Vital statistics of India. Vol. VI, European troops 1870-79
Year: 1870
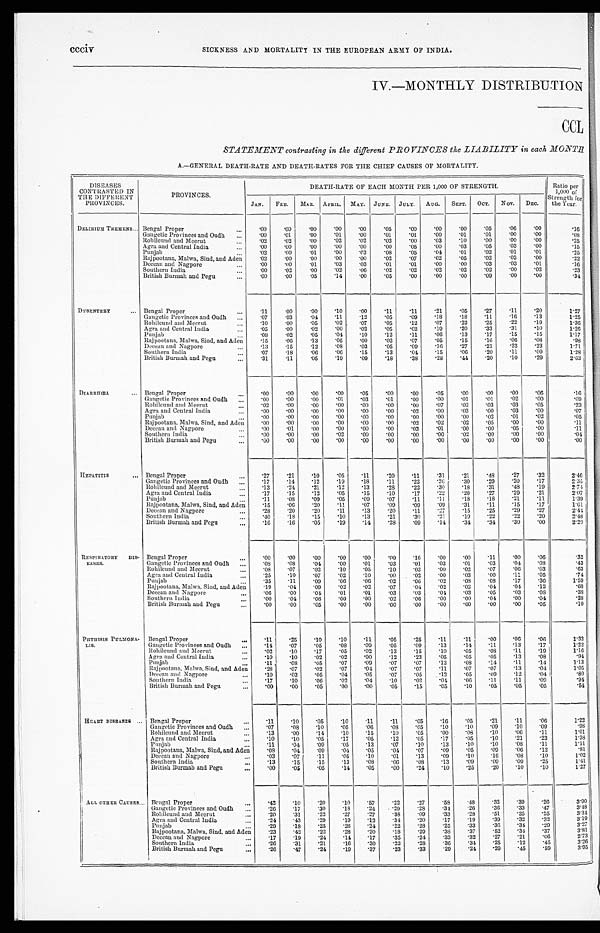
ccciv SICKNESS AND MORTALITY IN THE EUROPEAN ARMY OF INDIA.
IV.—MONTHLY DISTRIBUTION
CCL
STATEMENT contrasting in the different PROVINCES the LIABILITY in each MONTH
A.—GENERAL DEATH-RATE AND DEATH-RATES FOR THE CHIEF CAUSES OF MORTALITY.
DISEASES
CONTRASTED IN
THE DIFFERENT
PROVINCES.
PROVINCES.
DEATH-RATE OF EACH MONTH PER 1,000 OF STRENGTH.
Ratio per
1,000 of
Strength for
the Year.
JAN. FRB. MAR. APRIL. MAY. JUNE. JULY. AUG. SEPT. OCT. NOV. DEC.
DELIRIUM TREMENS... Bengal Proper
...
. 0 0
.00 .00 .00 .00 .05 .00 .00 .00 .05 .06 .00
.16
Gangetic Provinces and Oudh ... .00 .01
.00 .01 .00 .01 .01 .00 .01 .01 .00 .00
.08
Rohilcund and Meerut
... .02 .02 .00 .02 .02 .02 .00 .03 .10 .00 .00 .00
.25
Agra and Central India
... .00 .00 .00 .00 .00 .00 .05 .00 .03 .05 .03 .00
.15
Punjab
... .02 .00 .01 .00 .03
. 0 8 .05 .04 .01 .02 .01 .01
.25
Rajpootana, Malwa, Sind, and Aden
.02 .00 .00 .00 .00 .02 .07 .02 .05 .02 .02 .00
.22
Deccan and Nagpore
...
. 0 0 .00 .01 .03 .03 .01 .01 .00 .00 .03 .03 .01
.16
Southern India
... .00 .02 .00 .02 .06 .02 .02 .02 .02 .02 .00 .02
.23
British Burmah and Pegu
...
. 0 0 .00 .05 .14 .00 .05 .00 .00 .00 .09 .00 .00
. 3 4
DYSENTERY... Bengal Proper
...
.11 .00 .00 .10 .00 .11 .11 .21 .05 .27 .11 .20
1.27
Gangetic Provinces and Oudh ... .07 .03 .04 .11 .12 .05 .09 .18 .18 .11 .16 .13
1.25
Rohilcund and Meerut
... .10 .00 .05 .02 .07 .05 .12 .07 .22 .25 .22 .19
1.36
Agra and Central India
... .05 .00 .02 .00 .02 .05 .02 .19 .20 .33 .31 .10
1.26
Punjab
... .08 .02 .05 .04 .10 .12 .11 .06 .13 .17 .15 .15
1.17
Rajpootana, Malwa, Sind, and Aden
.15 .06 .13 .05 .00 .02 .07 .05 .15 .16 .06
.08
.98
Deccan and Nagpore
... .13 .15 .12 .08 .03 .05 .09 .16 .27 .21 .22 .23
1.71
Southern India
... .07 .18 .06 .06 .15 .13 .04
.15 .06 .20 .11 .09
1.28
British Burmah and Pegu
...
. 3 1 .11 .05
.19 .09 .18 .38 .28 .44 .20 .10 .29
2 . 6 3
DIARRHŒA... Bengal Proper
... .00 .00 .00 .00 .05 .00 .00 .05 .00 .00 .00 .06
. 1 6
Gangetic Provinces and Oudh ... .00 .00 .00
. 0 1 .03 .01 .00 .00 .01 .01 .02 .00
.69
Rohilcund and Meerut
... .02 .00 .00 .00 .00 .00 .00 .07 .02 .03 .03 .05
.23
Agra and Central India
... .00 .00 .00 .00 .00 .00 .02 .00 .03 .00 .03 .00
.07
Punjab
... .00 .00 .00 .00 .00 .00 .00 .00 .00 .02 .01 .02
.05
Rajpootana, Malwa, Sind, and Aden
.00 .00 .00 .00 .00 .00 .02 .02 .02 .05 .00 .00
.11
Deccan and Nagpore
... .00 .01 .00 .00 .00 .00 .03 .01 .00 .00 .05 .00
.11
Southern India
... .00 .00 .00 .02 .00 .00 .00 .00 .02 .00 .00 .00
. 0 4
British Burmah and Pegu
...
. 0 0 .00 .00 .00 .00 .00 .00 .00 .00 .00 .00 .00
.00
HEPATITIS... Bengal Proper
...
. 2 7
.21 .10 .05 .11 .20 .11 .31
.21 .48 .27 .32
2 . 4 6
Gangetic Provinces and Oudh ... .17 .14 .12 .19 .18 .11 .22 .26 .30 .29 .20 .17
2.35
Rohilcund and Meerut
... .13 .24 .21 .12 .13 .28 .22 .30 .18 .31 .48 .19
2.74
Agra and Central India
... .17 .15 .12 .05 .15 .10 .17 .22 .20 .27 .29 .21
2 . 0 7
Punjab
... .11
. 0 8 .09 .05 .09 .07 .11 .11 .18 .18 .21 .11
1.39
Rajpootana, Malwa, Sind, and Aden .15 .06 .20 .11 .07 .09 .09 .09 .31 .11 .15 .17
1.61
Deccan and Nagpore
... .28 .20 .20 .11 .13 .20 .11 .27 .15 .25 .29 .27
2 . 4 4
Southern India
... .40 .18 .15 .10 .13 .21 .30 .21
.19 .22 .22 .20
2 . 4 8
British Burmah and Pegu
... .16 .16 .05 .19 .14 .28 .09 .14 .34 .34 .30 .00
2 . 2 0
RESPIRATORY DIS-
EASES.
Bengal Proper
. . .
. 0 0
.00 .00 .00 .00 .00 .16 .00 .00
. 1 1 .00 .06
.32
Gangetic Provinces and Oudh ...
. 0 8 .08 .04 .00 .01 .03 .01 .03 .01 .03 .04
. 0 8
.43
Rohilcund and Meerut
...
. 0 8 .07 .02 .10 .05 .10 .03 .00 .02 .07 .06 .03
.63
Agra and Central India
...
. 2 5 .10 .07 .02 .10 .00 .02 .00 .03 .00 .11 .05
.74
Punjab
. . . .35 .11 .09 .06 .06 .02 .06 .02
. 0 8
. 0 8 .17 .36
1.59
Rajpootana, Malwa, Sind, and Aden
.19 .04 .09 .02 .02 .07 .04 .02 .02 .04 .04 .12
.68
Deccan and Nagpore
... .06 .00 .04 .01 .01 .03 .03 .04 .03 .05 .03
. 0 8
.38
Southern India
... .00 .04 .06 .00 .00 .02 .06 .00 .00 .04 .00 .04
.28
British Burmah and Pegu
...
. 0 0 .00 .05 .00 .00 .00 .00 .00 .00 .00 .00 .05
.10
PHTHISIS PULMONA-
LIS.
Bengal Proper
...
. 1 1 .25 .10 .10 .11 .05 .25 .11 .11 .00 .06 .06
1.32
Gangetic Provinces and Oudh ... .14 .07 .05 .08 .09 .05 .09 .13 .14 .11 .13 .17
1.22
Rohilcund and Meerut
. . . .02 .10 .17 .05 .02 .13 .15 .10 .05
. 0 8 .11 .19
1.16
Agra and Central India
... .10 .10 .02 .02 .00 .12 .23 .05 .05 .05 .13 .08
.94
Punjab
... .11
. 0 8 .05 .07 .09 .07 .07 .12
. 0 8 .14 .11 .14
1.13
Rajpootana, Malwa, Sind, and Aden .28 .07 .02 .07 .04 .07 .07 .11 .07 .07 .13 .04
1.05
Deccan and Nagpore
... .10 .03 .05 .04 .05 .07 .05
. 1 2 .05 .09 .12 .04 .80
Southern India
. . . .17 .10 .06 .02 .04 .10 .02 .04 .06 .11 .11 .09
.94
British Burmah and Pegu
. . . .00 .00 .05 .00 .00 .05 .15 .05 .10 .05 .05 .05
.54
HEART DISEASES... Bengal Proper
... .11 .10 .05 .10 .11 .11 .05 .16 .05 .21 .11 .06
1.22
Gangetic Provinces and Oudh
. . . .07 .08 .10 .05 .06
. 0 8 .05 .10 .10 .09 .10 .09
.98
Rohilcund and Meerut
... .13 .00 .14 .10 .15 .10 .05 .00 .08 .10 .06 .11
1 . 0 1
Agra and Central India
... .10 .10 .05 .17 .05 .12 .05 .17 .05 .10 .21 .23
1. 38
Punjab
. . . .11 .04 .09 .05 .13 .07 .10 .13 .10 .10
. 0 8
. 1 1
1 . 1 1
Rajpootana, Malwa, Sind, and Aden
. 0 8 .04 .09 .04 .05 .04 .07 .09 .05 .09 .06 .12
.81
Deccan and Nagpore
...
. 0 3 .07 .11 .05 .10 .01 .13 .09 .10 .16
. 0 8 .10
1. 02
Southern India
. . . .13 .15 .15 .13 .08 .06
. 0 8 .13 .09 .09 .09 .25
1 . 4 1
British Burmah and Pegu
... .00 .05 .05 .14 .05 .00 .24 .10 .25 .20 .10 .10
1.27
ALL OTHER CAUSES... Bengal Proper
... .42 .10 .20 .10 .57 .22 .27 .58
.48 .32 .39
. 2 6
3 . 9 0
Gangetic Provinces and Oudh ... .26 .17 .30 .18 .24 .29 .28
. 34
.26 .36 .33
. 4 7
3 . 4 8
Rohilcund and Meerut
... .20 .31 .22 .27 .27 .38 .09 .33 . 28
.51 .25
. 2 5
3 . 3 4
Agra and Central India
. . . .24 .43 .29 .19 .12 . 34
.20 .17 .19 .39
. 3 2
. 3 2
3 . 1 9
Punjab
. . . .29 . 18
.25 .26 .24 .22 .28
.25 .33 .36 .34
. 2 9
3 . 2 7
Rajpootana, Malwa, Sind, and Aden
.23 .42 .22 .28 .20
. 1 8
.29 . 38
. 3 7
. 5 2
. 34
. 3 7
3 . 8 1
Deccan and Nagpore
. . . .17 .19 .24 .14 .17 .35 .24
.33
. 3 2 . 2 7 . 21
. 0 6
2 . 7 3
Southern India
... .26 .31 .21 .16 .30 .22 . 28
.36
. 3 4 . 2 5
. 1 2
. 4 5
3 . 2 6
British Burmah and Pegu
... .26 .47 .24
.19 .37 .23 .33 .29
. 2 4 . 2 9 . 45
. 5 9
3 . 9 5